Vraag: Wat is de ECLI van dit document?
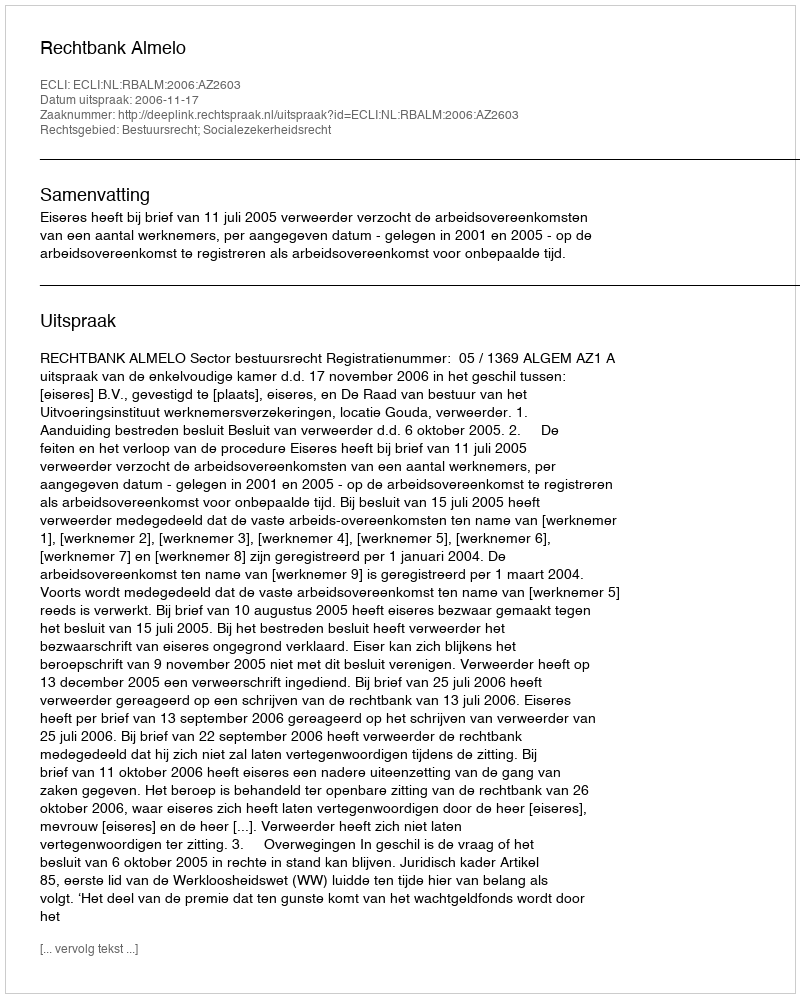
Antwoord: ECLI:NL:RBALM:2006:AZ2603